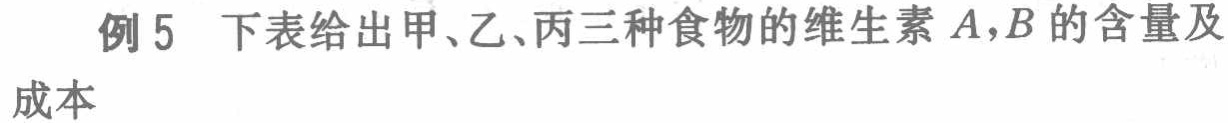
例5 下表给出甲、乙、丙三种食物的维生素\(A,B\)的含量及成本